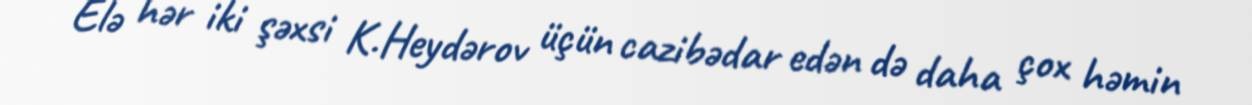
Elə hər iki şəxsi K.Heydərov üçün cazibədar edən də daha çox həmin